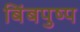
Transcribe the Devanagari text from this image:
बिंबपुष्प